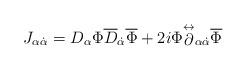
LaTeX: \begin{align*}J_{\alpha\dot{\alpha}}= D_{\alpha}\Phi\overline{D}_{\dot{\alpha}}\overline{\Phi}+2i\Phi{\stackrel{\leftrightarrow}{\partial}}_{\alpha\dot{\alpha}}\overline{\Phi}\end{align*}